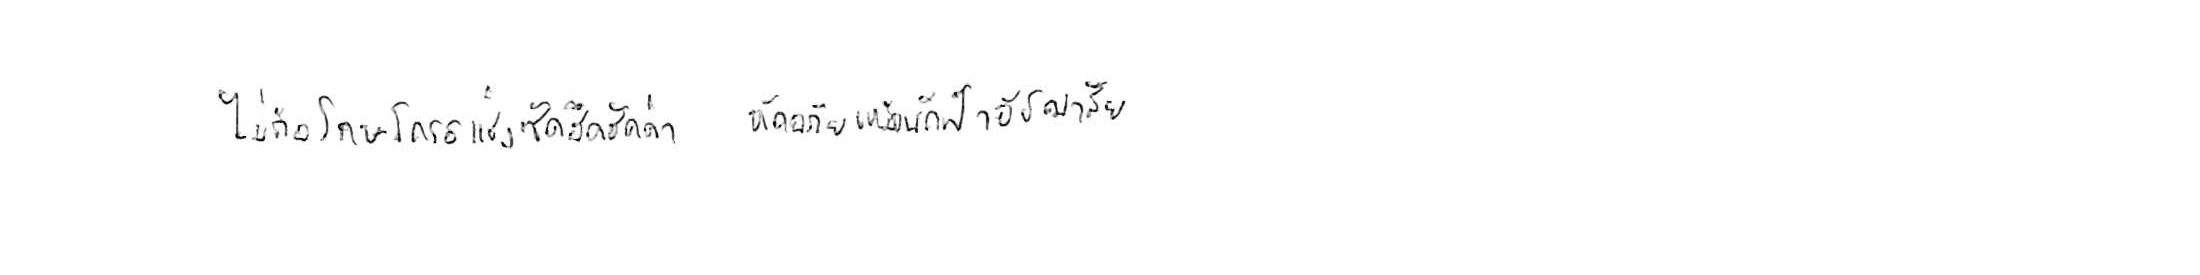
ไม่ถือโทษโกรธแช่งซัดฮึดฮัดด่า หัดอภัยเหมือนกีฬาอัชฌาสัย